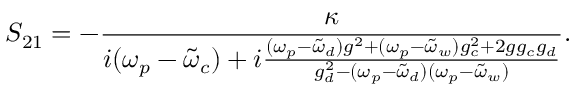
S _ { 2 1 } = - \frac { \kappa } { i ( \omega _ { p } - \tilde { \omega } _ { c } ) + i \frac { ( \omega _ { p } - \tilde { \omega } _ { d } ) g ^ { 2 } + ( \omega _ { p } - \tilde { \omega } _ { w } ) g _ { c } ^ { 2 } + 2 g g _ { c } g _ { d } } { g _ { d } ^ { 2 } - ( \omega _ { p } - \tilde { \omega } _ { d } ) ( \omega _ { p } - \tilde { \omega } _ { w } ) } } .